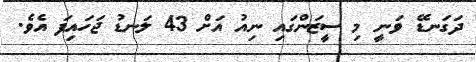
ދަގަނޑޭ ވަނީ މި ސީޒަންގައި ނިއު އަށް 43 ލަނޑު ޖަހައިފަ އެވެ.